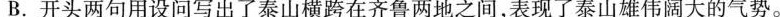
B.开头两句用设问写出了泰山横跨在齐鲁两地之间，表现了泰山雄伟阔大的气势。